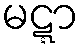
မဋ္ဋာ